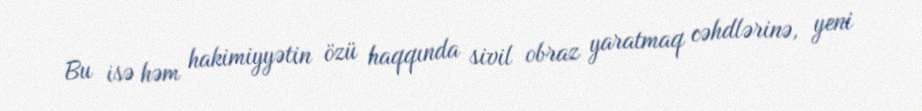
Bu isə həm hakimiyyətin özü haqqında sivil obraz yaratmaq cəhdlərinə, yeni